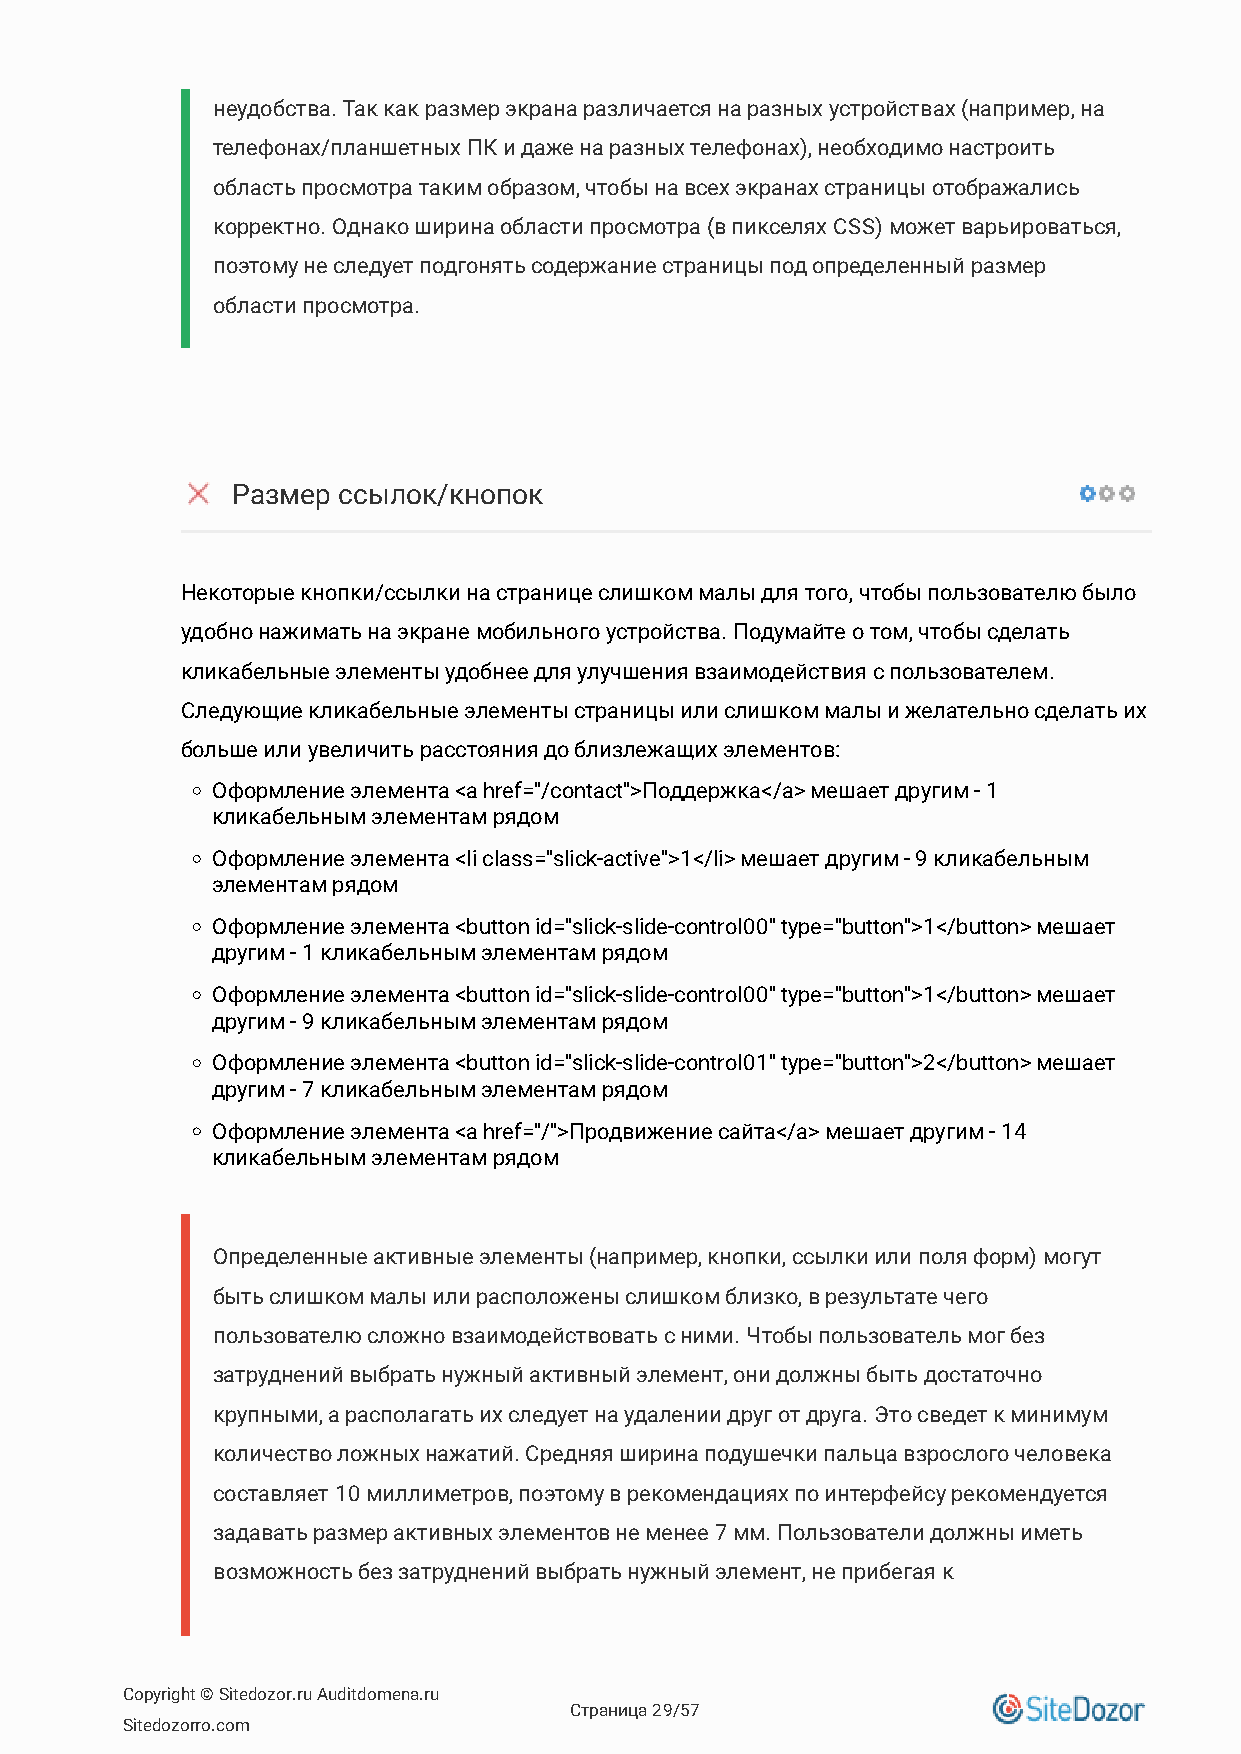
неудобства. Так как размер экрана различается на разных устройствах (например, на
 телефонах/планшетных ПК и даже на разных телефонах), необходимо настроить
 область просмотра таким образом, чтобы на всех экранах страницы отображались
 корректно. Однако ширина области просмотра (в пикселях CSS) может варьироваться,
 поэтому не следует подгонять содержание страницы под определенный размер
 области просмотра.
 Размер ссылок/кнопок
 Некоторые кнопки/ссылки на странице слишком малы для того, чтобы пользователю было
 удобно нажимать на экране мобильного устройства. Подумайте о том, чтобы сделать
 кликабельные элементы удобнее для улучшения взаимодействия с пользователем.
 Следующие кликабельные элементы страницы или слишком малы и желательно сделать их
 больше или увеличить расстояния до близлежащих элементов:
 Оформление элемента <a href="/contact">Поддержка</a> мешает другим - 1
 кликабельным элементам рядом
 Оформление элемента <li class="slick-active">1</li> мешает другим - 9 кликабельным
 элементам рядом
 Оформление элемента <button id="slick-slide-control00" type="button">1</button> мешает
 другим - 1 кликабельным элементам рядом
 Оформление элемента <button id="slick-slide-control00" type="button">1</button> мешает
 другим - 9 кликабельным элементам рядом
 Оформление элемента <button id="slick-slide-control01" type="button">2</button> мешает
 другим - 7 кликабельным элементам рядом
 Оформление элемента <a href="/">Продвижение сайта</a> мешает другим - 14
 кликабельным элементам рядом
 Определенные активные элементы (например, кнопки, ссылки или поля форм) могут
 быть слишком малы или расположены слишком близко, в результате чего
 пользователю сложно взаимодействовать с ними. Чтобы пользователь мог без
 затруднений выбрать нужный активный элемент, они должны быть достаточно
 крупными, а располагать их следует на удалении друг от друга. Это сведет к минимум
 количество ложных нажатий. Средняя ширина подушечки пальца взрослого человека
 составляет 10 миллиметров, поэтому в рекомендациях по интерфейсу рекомендуется
 задавать размер активных элементов не менее 7 мм. Пользователи должны иметь
 возможность без затруднений выбрать нужный элемент, не прибегая к
 Copyright © Sitedozor.ru Auditdomena.ru
 Страница 29/57
 Sitedozorro.com